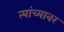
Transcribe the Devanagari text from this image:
त्यांच्यावर